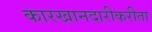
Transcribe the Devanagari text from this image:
कारखानदारीकरीता